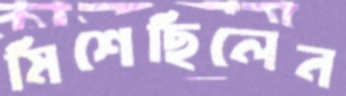
মিশেছিলেন